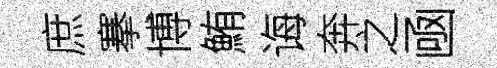
庶搴博鮪诲奔之凾